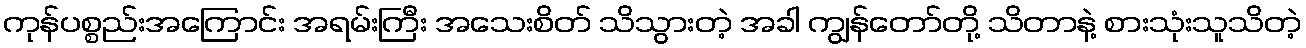
ကုန်ပစ္စည်းအကြောင်း အရမ်းကြီး အသေးစိတ် သိသွားတဲ့ အခါ ကျွန်တော်တို့ သိတာနဲ့ စားသုံးသူသိတဲ့